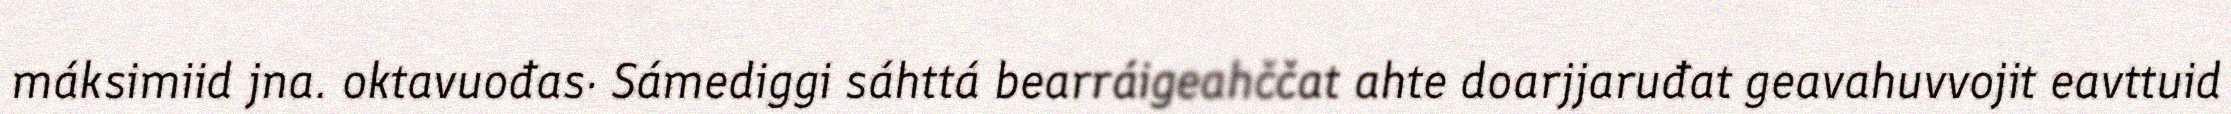
máksimiid jna. oktavuođas· Sámediggi sáhttá bearráigeahččat ahte doarjjaruđat geavahuvvojit eavttuid